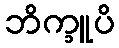
ဘိက္ခူပိ